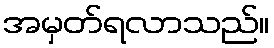
အမှတ်ရလာသည်။